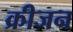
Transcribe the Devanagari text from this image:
क्रीजन